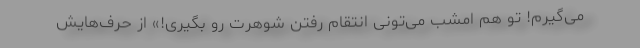
می‌گیرم! تو هم امشب می‌تونی انتقام رفتن شوهرت رو بگیری!» از حرف‌هایش